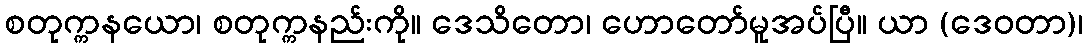
စတုက္ကနယော၊ စတုက္ကနည်းကို။ ဒေသိတော၊ ဟောတော်မူအပ်ပြီ။ ယာ (ဒေဝတာ)၊